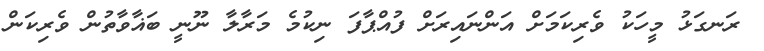
ރަނގަޅު މީހަކު ވެރިކަމަށް އަންނައިރަށް ފުއްޕާފަ ނިކުމެ މަރާލާ ނޫނީ ބަޣާވާތުން ވެރިކަން